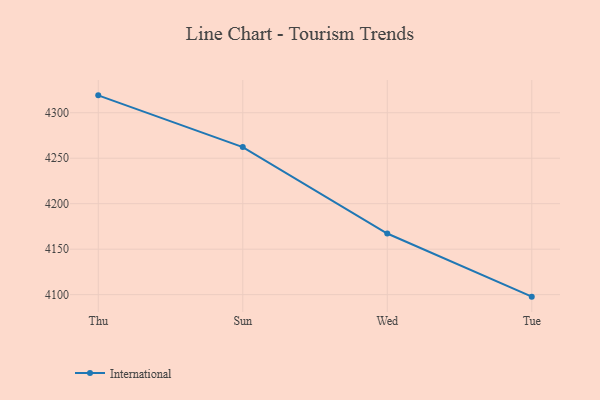
{"axis": {"x": "Day", "y": "Demand Index"}, "legend": ["International"], "data": [{"x": "Thu", "y": 4319.1, "type": "International"}, {"x": "Sun", "y": 4262.2, "type": "International"}, {"x": "Wed", "y": 4167.2, "type": "International"}, {"x": "Tue", "y": 4097.8, "type": "International"}]}